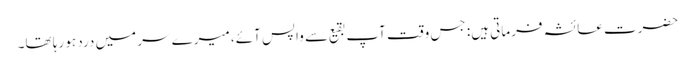
حضرت عائشہ فرماتی ہیں: جس وقت آپ بقیع سے واپس آئے، میرے سر میں درد ہو رہا تھا۔